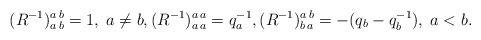
LaTeX: \begin{align*}(R^{-1})^{a\,b}_{a\,b}=1,\; a\neq b,(R^{-1})^{a\,a}_{a\,a}=q_a^{-1},(R^{-1})^{a\,b}_{b\,a}=-(q_b-q_b^{-1}),\; a<b.\end{align*}